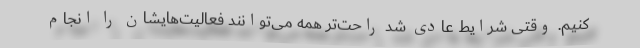
کنیم. وقتی شرایط عادی شد راحت‌تر همه می‌توانند فعالیت‌هایشان را انجام